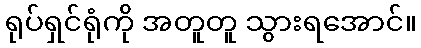
ရုပ်ရှင်ရုံကို အတူတူ သွားရအောင်။